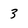
Character: 3